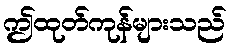
ဤထုတ်ကုန်များသည်